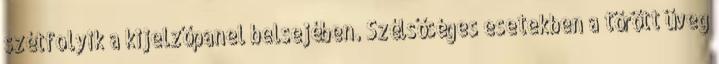
szétfolyik a kijelzőpanel belsejében. Szélsőséges esetekben a törött üveg